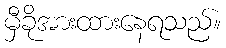
မှီခိုအားထားနေရသည်။